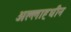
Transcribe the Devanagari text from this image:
अल्लाह्धीन